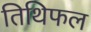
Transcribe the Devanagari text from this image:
तिथिफल